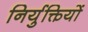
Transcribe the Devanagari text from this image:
निर्युक्तियों